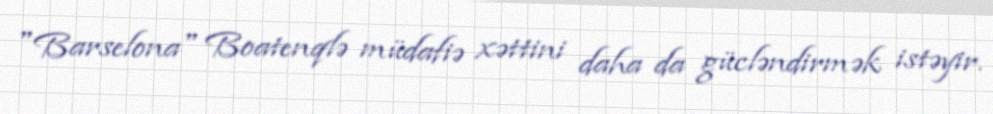
"Barselona" Boatenqlə müdafiə xəttini daha da gücləndirmək istəyir.